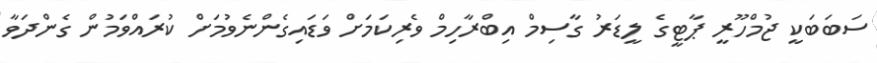
ސަބަބަކީ ޖުމްހޫރީ ޕާޓީގެ ލީޑަރު ގާސިމް އިބްރާހިމް ވެރިކަމަށް ވަޑައިގެންނެވުމަށް ކުރައްވަމުން ގެންދަވާ